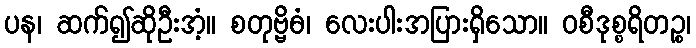
ပန၊ ဆက်၍ဆိုဦးအံ့။ စတုဗ္ဗိဓံ၊ လေးပါးအပြားရှိသော။ ဝစီဒုစ္စရိတဉ္စ၊